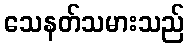
သေနတ်သမားသည်